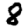
Digit: 8